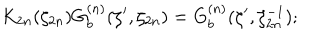
K _ { 2 n } ( \zeta _ { 2 n } ) G _ { b } ^ { ( n ) } ( \zeta ^ { \prime } , \zeta _ { 2 n } ) = G _ { b } ^ { ( n ) } ( \zeta ^ { \prime } , \zeta _ { 2 n } ^ { - 1 } ) ;